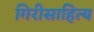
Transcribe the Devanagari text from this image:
गिरीसाहित्य